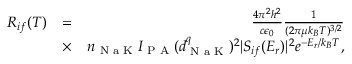
\begin{array} { r l r } { R _ { i f } ( T ) } & { = } & { \frac { 4 \pi ^ { 2 } h ^ { 2 } } { c \epsilon _ { 0 } } \frac { 1 } { ( 2 \pi \mu k _ { B } T ) ^ { 3 / 2 } } } \\ & { \times } & { n _ { \textrm { N a K } } I _ { \textrm { P A } } ( d _ { \textrm { N a K } } ^ { q } ) ^ { 2 } | S _ { i f } ( E _ { r } ) | ^ { 2 } e ^ { - E _ { r } / k _ { B } T } , } \end{array}